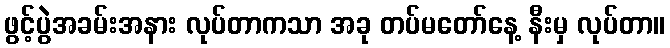
ဖွင့်ပွဲအခမ်းအနား လုပ်တာကသာ အခု တပ်မတော်နေ့ နီးမှ လုပ်တာ။